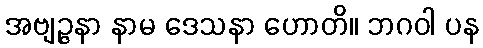
အဗျဉ္ဇနာ နာမ ဒေသနာ ဟောတိ။ ဘဂဝါ ပန